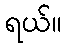
ရယ်။